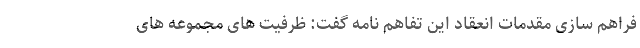
فراهم سازی مقدمات انعقاد این تفاهم نامه گفت: ظرفیت های مجموعه های